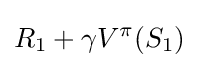
R_{1}+\gamma V^{\pi }(S_{1})